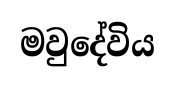
මවුදේවිය